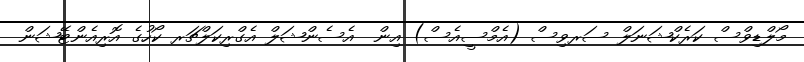
މޯލްޑިވްސް ކަރެކްޝަނަލް ސަރވިސް (އެމްސީއެސް) އިން  އެސެންޝަލް އެގްރިކަލްޗަރ ކޯހުގެ އޮރިއެންޓޭޝަން